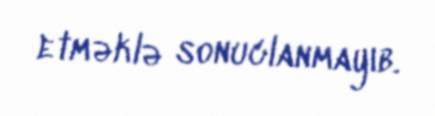
etməklə sonuclanmayıb.